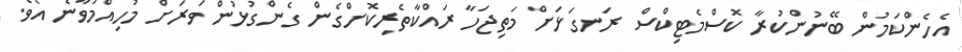
އެހެންކަމުން ބޭނުންކުރާ ކޮސްމެޓިކްސް ރަނގަޅަށް މަތިޖަހާ ރައްކާތެރިކޮށްގެން ގެންގުޅުން ވަރަށް މުހިއްމުވާނެ އެވެ.